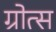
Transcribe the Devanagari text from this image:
ग्रोत्स